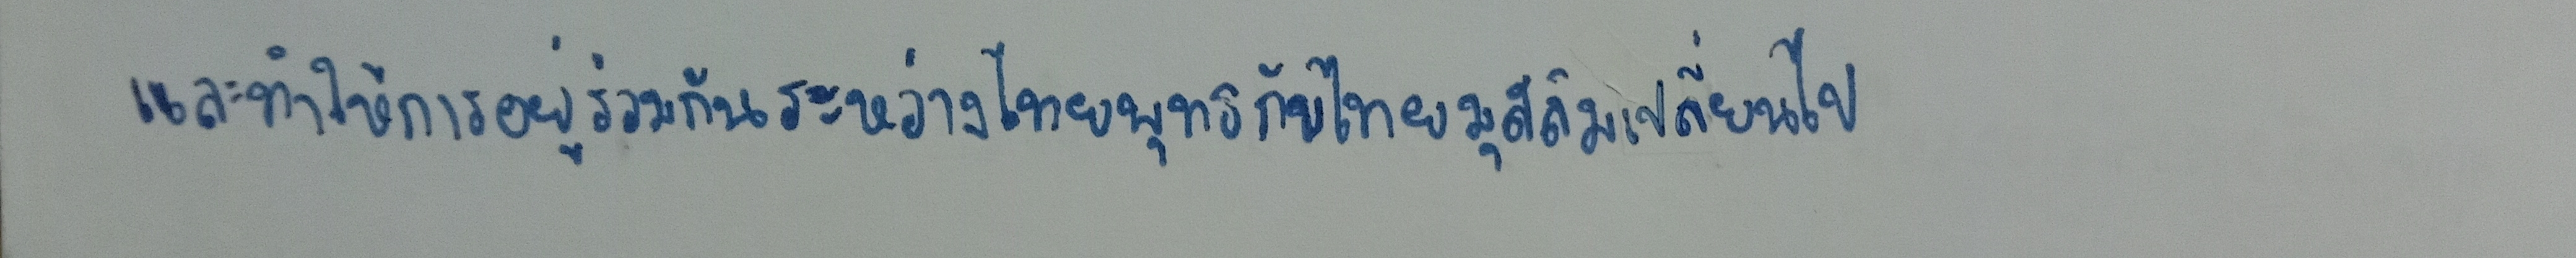
และทำให้การอยู่ร่วมกันระหว่างไทยพุทธกับไทยมุสลิมเปลี่ยนไป